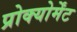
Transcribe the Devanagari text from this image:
प्रोक्योर्मेंट